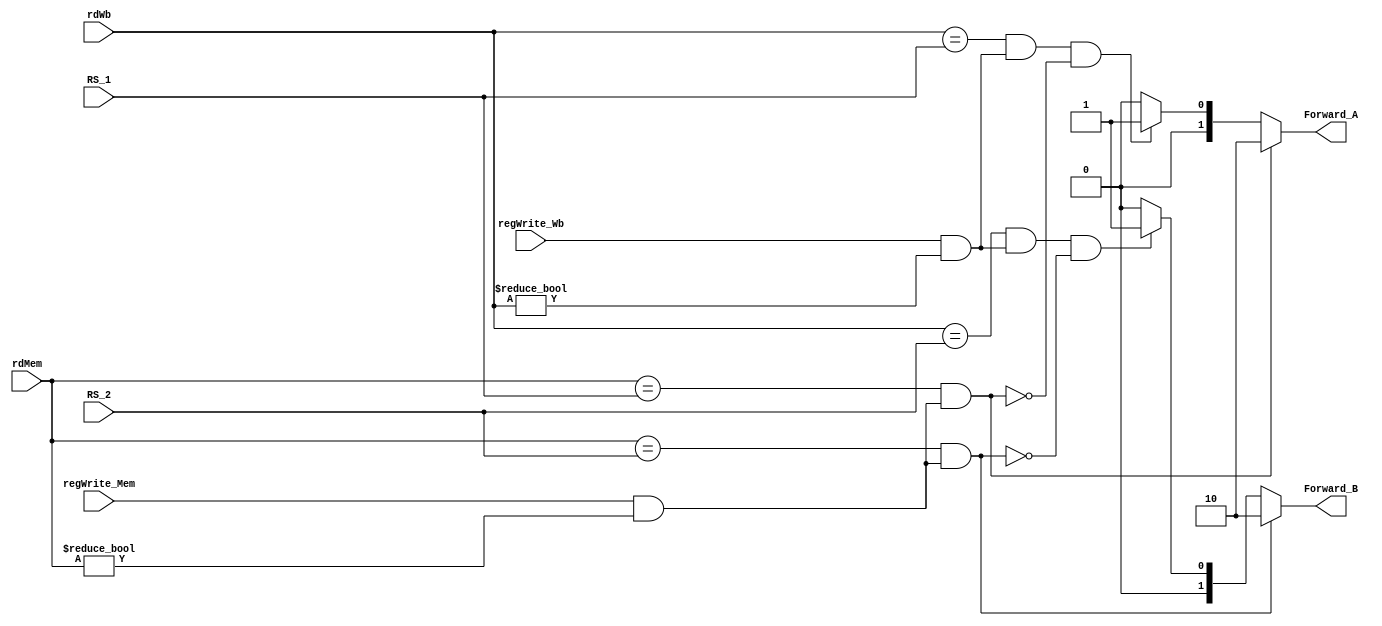
module ForwardingUnit
  (
    input [4:0] RS_1, //ID/EX.RegisterRs1
    input [4:0] RS_2, //ID/EX.RegisterRs2
    input [4:0] rdMem, //EX/MEM.Register Rd
    input [4:0] rdWb, //MEM/WB.RegisterRd
    
    input regWrite_Wb, //MEM/WB.RegWrite
    input regWrite_Mem, // EX/MEM.RegWrite
    output reg [1:0] Forward_A,
    output reg [1:0] Forward_B
 );
  
  always @(*)
    begin
    	if ( (rdMem == RS_1) & (regWrite_Mem != 0 & rdMem !=0))
          begin
          	Forward_A = 2'b10;
          end
      	else
          begin 
            // Not condition for MEM hazard 
            if ((rdWb== RS_1) & (regWrite_Wb != 0 & rdWb != 0) & ~((rdMem == RS_1) &(regWrite_Mem != 0 & rdMem !=0)  )  )
              begin
                Forward_A = 2'b01;
              end
            else
              begin
                Forward_A = 2'b00;
              end
          end
      
        if ( (rdMem == RS_2) & (regWrite_Mem != 0 & rdMem !=0) )
          begin
            Forward_B = 2'b10;
          end
        else
          begin
            // Not condition for MEM Hazard 
            if ( (rdWb == RS_2) & (regWrite_Wb != 0 & rdWb != 0) &  ~((regWrite_Mem != 0 & rdMem !=0 ) & (rdMem == RS_2) ) )
              begin
                Forward_B = 2'b01;
              end
            else
              begin
                Forward_B = 2'b00;
              end
          end
    end
endmodule